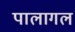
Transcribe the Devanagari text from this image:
पालागल